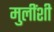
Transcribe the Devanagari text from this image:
मुलींशी